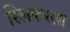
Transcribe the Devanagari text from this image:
स्लिफरला